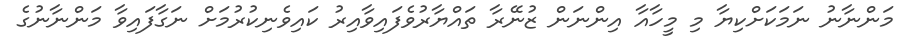
މަންނާނު ނަމަކަށްކިޔާ މި މީހާއާ އިންނަން ޒުނޭރާ ތައްޔާރުވެފައިވާއިރު ކައިވެނިކުރުމަށް ނަގާފައިވާ މަންނާނުގެ